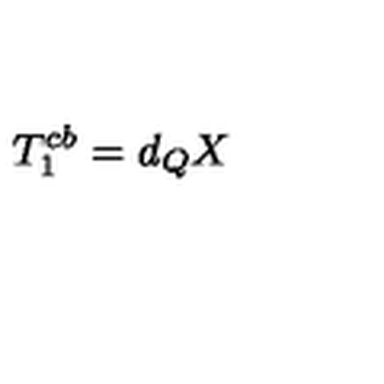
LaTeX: T _ { 1 } ^ { c b } = d _ { Q } X